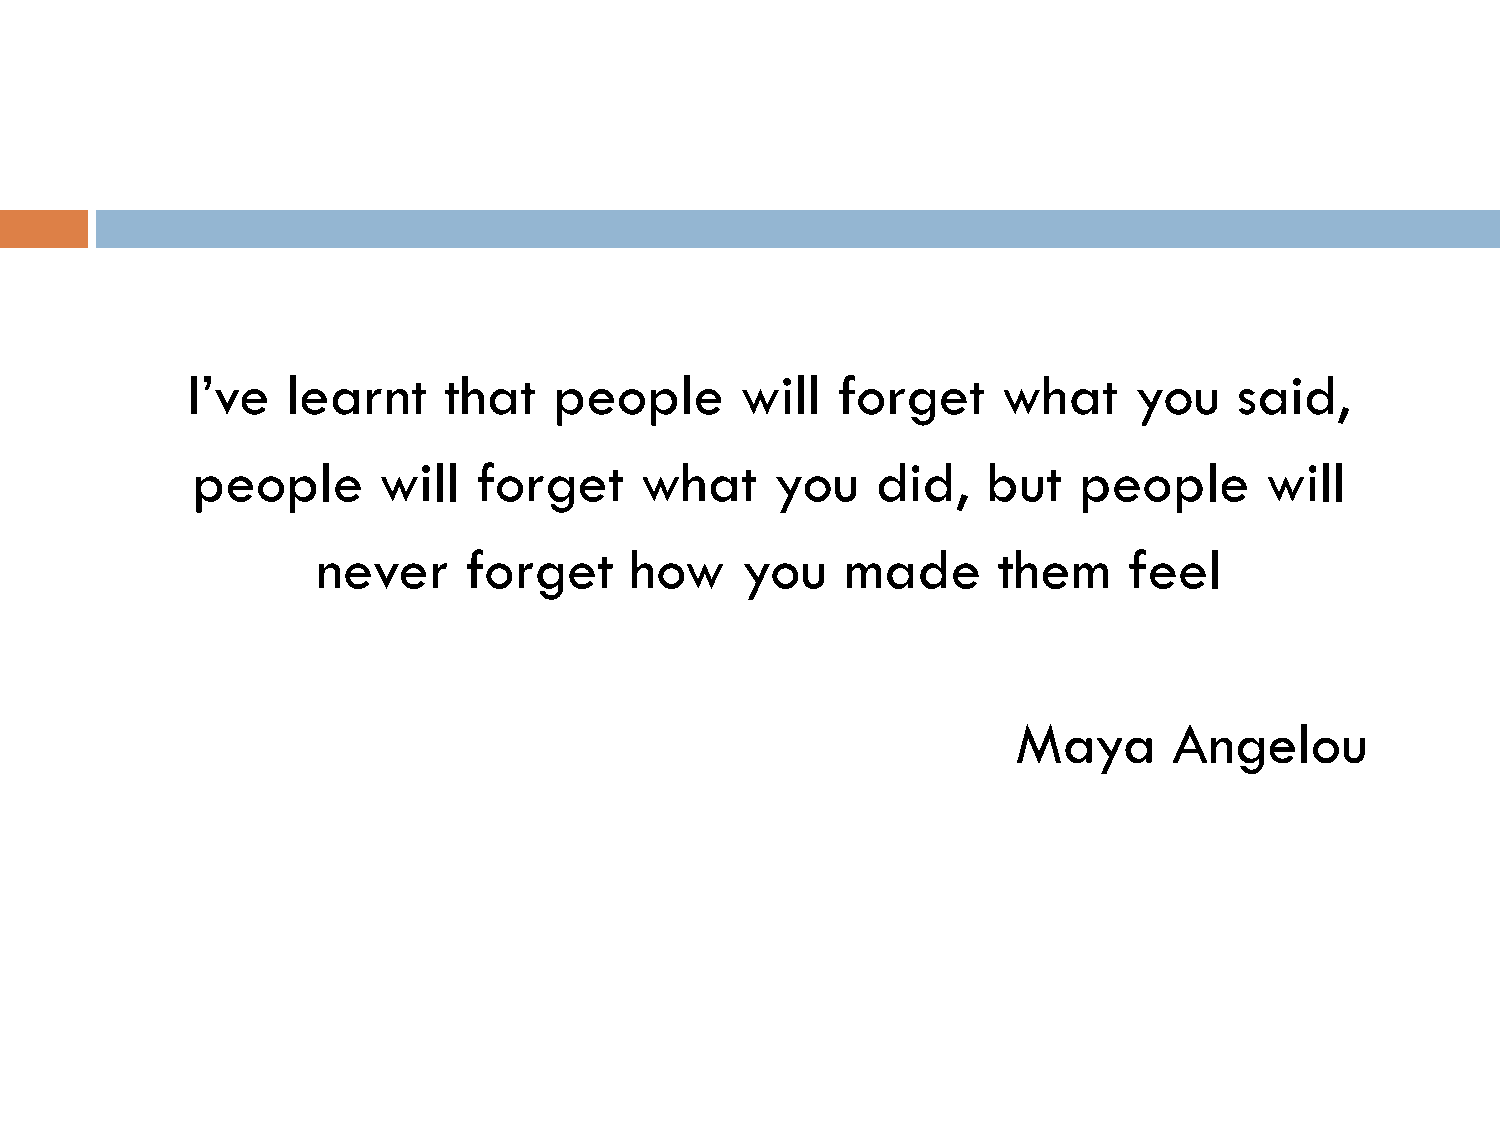
I’ve   learnt    that    people      will  forget     what     you    said,
 people      will   forget    what     you    did,   but   people       will
 never     forget     how    you    made      them     feel
 Maya       Angelou